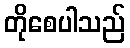
တိုစေပါသည်